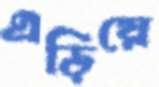
এড়িয়ে